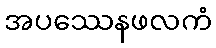
အပဿေနဖလကံ